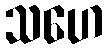
သဟေ